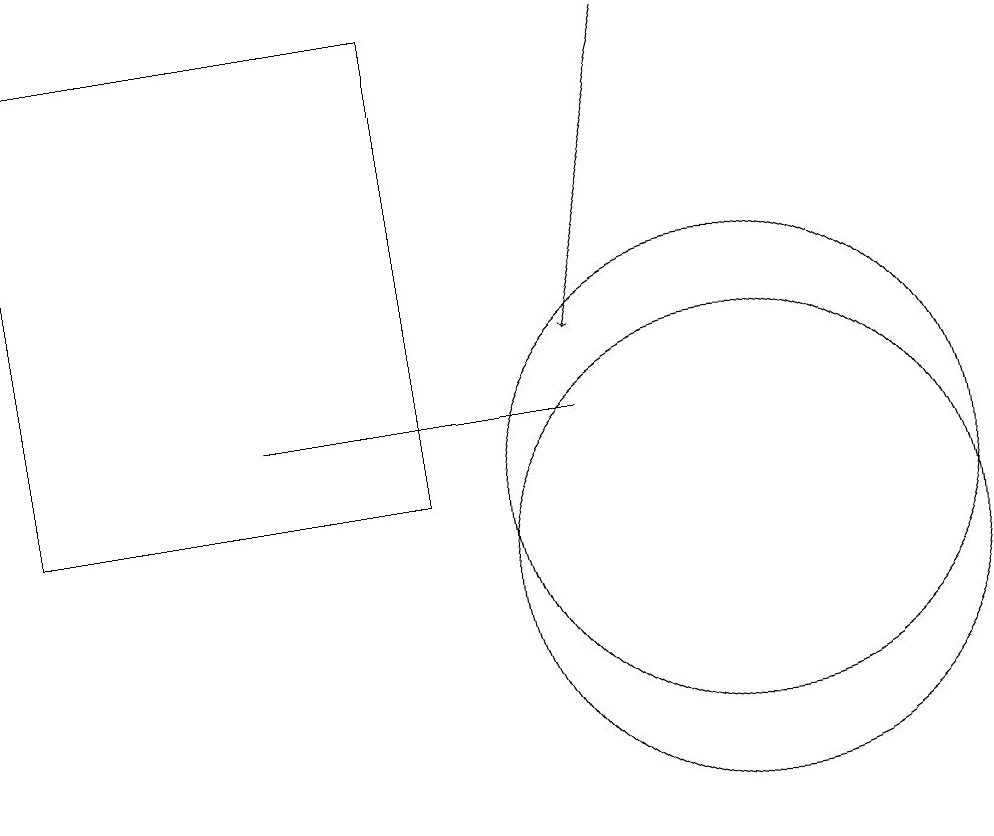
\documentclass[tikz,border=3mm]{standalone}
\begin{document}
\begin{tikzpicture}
\draw[->] (9,17) -- (8,13);
\draw (1,11) rectangle (6,17);
\draw (10,10) circle (3);
\draw (4,12) rectangle (8,12);
\draw (10,11) circle (3);
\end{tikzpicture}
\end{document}